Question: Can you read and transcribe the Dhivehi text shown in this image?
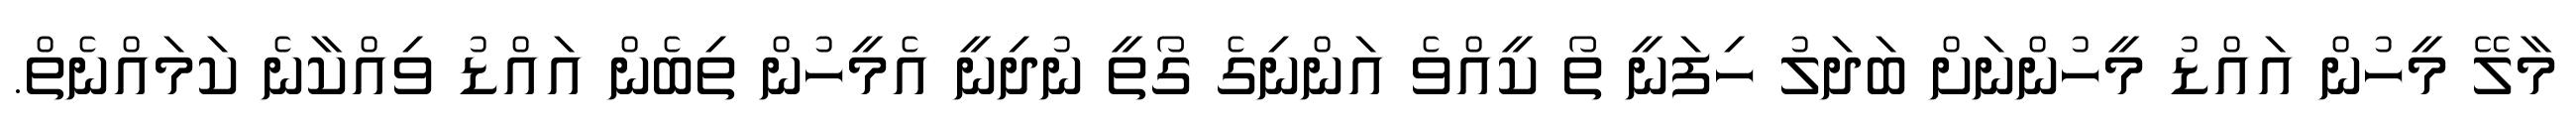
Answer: މާލޭ މީހުން އައްޑު މީހުންނަށް ބަދަލު ހިފަނީ ތޯ ކީއްވެ އަންނިގެ ގޯތީ ނުދިނީ އެމީހުން ތިބެން އައްޑު ވިއްކާނެ ކަމައްނެތް.